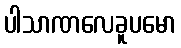
ပါသာဏလေခူပမော